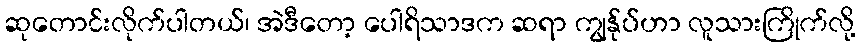
ဆုတောင်းလိုက်ပါတယ်၊ အဲဒီတော့ ပေါရိသာဒက ဆရာ ကျွန်ုပ်ဟာ လူသားကြိုက်လို့